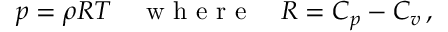
p = \rho R T \quad \textrm { w h e r e } \quad R = C _ { p } - C _ { v } \, ,